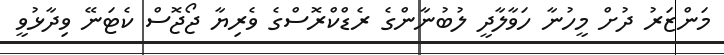
މަންޒަރު ދުށް މީހުނާ ހަވާލާދީ ލުބުނާންގެ ރެޑްކްރޮސްގެ ވެރިޔާ ޖޯޖޮސް ކެޓަނޭ ވިދާޅުވީ